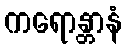
ကရောန္တာနံ